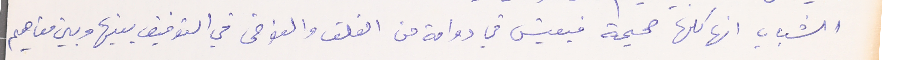
الشباب انها كلها صحيحة فيعيش في دوامة من القلق والفوضى في التوفيق بينها وبين مفاهيم